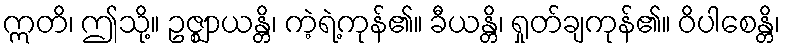
ဣတိ၊ ဤသို့။ ဥဇ္ဈာယန္တိ၊ ကဲ့ရဲ့ကုန်၏။ ခီယန္တိ၊ ရှုတ်ချကုန်၏။ ဝိပါစေန္တိ၊